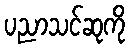
ပညာသင်ဆုကို